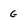
Character: G